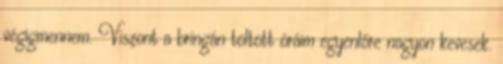
végigmennem. Viszont a bringán töltött óráim egyenlőre nagyon kevesek.